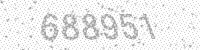
Solution: 688951